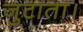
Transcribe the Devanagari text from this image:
जुटाता।